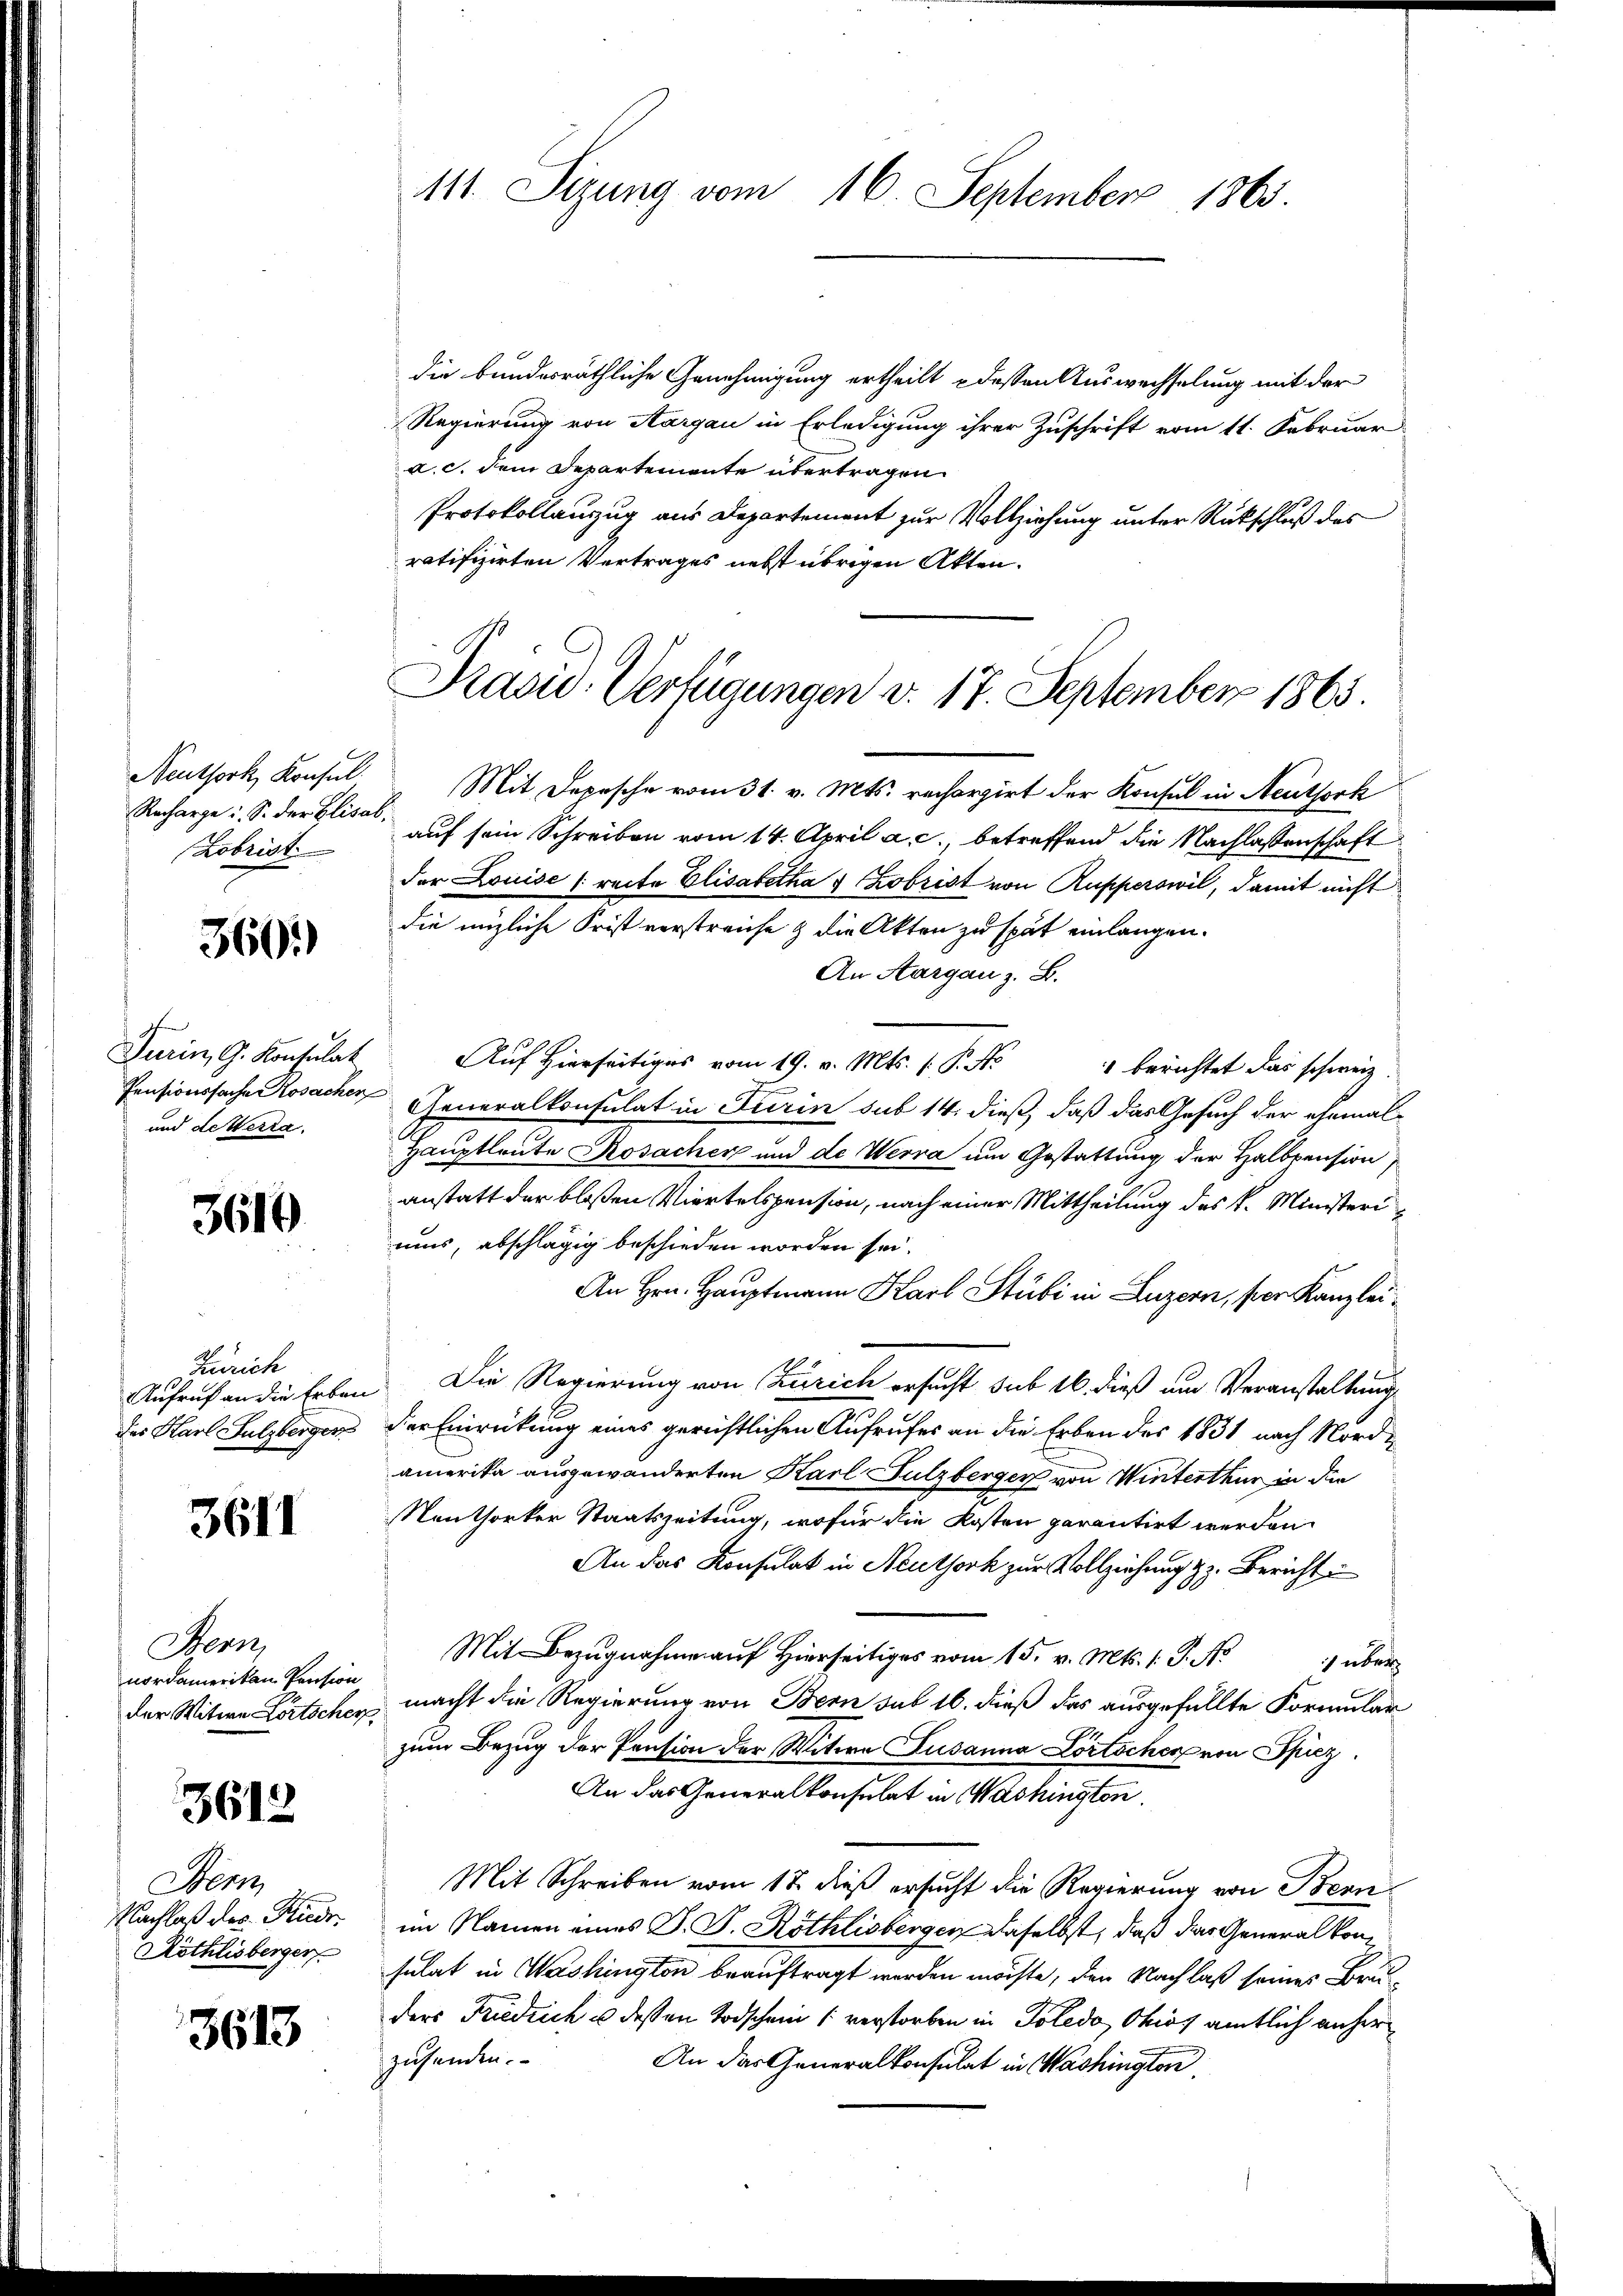
Neuthork, Konsul
Recharge u. S. der Elisab.
Zobrist

3601)

Turin, G. Konsulat
Pensionssache Kosachen
und de Werra

3610

Zürich
Aufruf an die Erbaudes Karl Sulzberger

3611

Bern
nordamerikan Pension
der Witwe Lortscher,

3612

Sem
Nachlaß des Friedr.
Röthlisberger

3613

111. Sizung vom 16. September 1865

die bundesräthliche Genehmigung ertheilt & dessen Auswechselung mit der
Regierung von Aargau in Erledigung ihrer Zuschrift vom 11. Februar
a. c. dem Departemente übertragen.
Protokollanzug aus Departement zur Vollziehung unter Rückschluß des
ratifizirten Vertrages nebst übrigen Akten.
Mit Depesche vom 31. v. Mts. rechargirt der Konsul in Neuthork
auf sein Schreiben vom 14. April a. c., betreffend die Nachlassenschaft
der Louise [recte Elisabetha & obrist von Rupperswil, damit nicht
die mögliche Frist verstreiche & die Akten zu spät einlangen.
An Aargau z. B.
Auf Hierseitiges vom 19. v. Mts. 1. P. No
 berichtet das schweiz
Generalkonsulat in Turin sub 14. dieß, daß das Gesuch der ehemal
Hauptleute Rosacher und de Werra um Gestattung der Halbpension
anstatt der bloßen Viertelspension, nach einer Mittheilung des k. Ministeriuis, abschlägig beschieden worden sei.
An Hrn. Hauptmann Karl Stubi in Luzern, per Kanzlei¬
Die Regierung von Zürich ersucht sub 16. dieß um Veranstaltung
der Einrückung eines gerichtlichen Aufrufes an die Erben des 1831 nach Nordamerika ausgewanderten Karl Sulzberger von Winterthur in die
Neuthorker Staatszeitung, wofür die Kosten parentirt werden.
An das Konsulat in Neuthork zur Vollziehung z. Bericht
Mit Bezugnahme auf Hierseitiges vom 15. v. Mts. 1. J. No
ch über
macht die Regierung von Bern sub 16. dieß das ausgefüllte Formular
zum Bezug der Pension der Witwe Susanna Lörtscher von Spiez.
An das Generalkonsulat in Washington
Mit Schreiben vom 17. dieß ersucht die Regierung von Bern
im Namen eines J. J. Röthlisbergen daselbst, daß das Generalkonsulat in Washington beauftragt werden möchte, den Nachlaß seines Bru
ders Friedrich u dessen Todschein (verstorben in Poledo, Ohios amtlich anher
zusenden.
An das Generalkonsulat in Washington

Präsid. Verfügungen d. 17. September 1865.